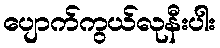
ပျောက်ကွယ်လုနီးပါး